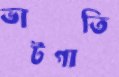
ভাটগাতি